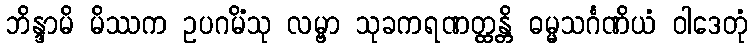
ဘိန္ဒာမိ မိဿက ဥပဂမိံသု လမ္ဗာ သုခကရဏတ္ထန္တိ ဓမ္မသင်္ဂဏိယံ ဝါဒေတုံ